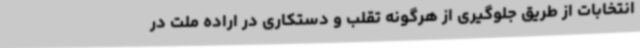
انتخابات از طریق جلوگیری از هرگونه تقلب و دستکاری در اراده ملت در